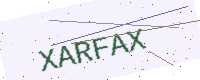
Text: XARFAX